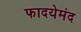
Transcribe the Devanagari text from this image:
फादयेमंद